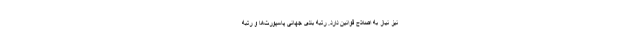
نیز نیاز به اصلاح قوانین دارد. رتبه‌ بندی جهانی پاسپورت‌ها و رتبه